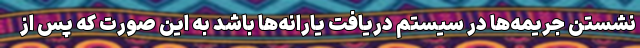
نشستن جریمه‌ها در سیستم دریافت یارانه‌ها باشد به این صورت که پس از